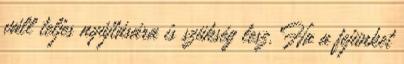
váll teljes nyújtására is szükség lesz. Ha a fejünket